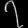
Digit: ၇